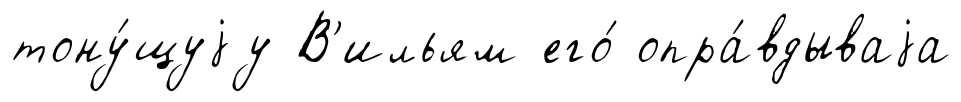
тону́щуjу В'ильям его́ опра́вдываjа